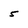
Character: 5